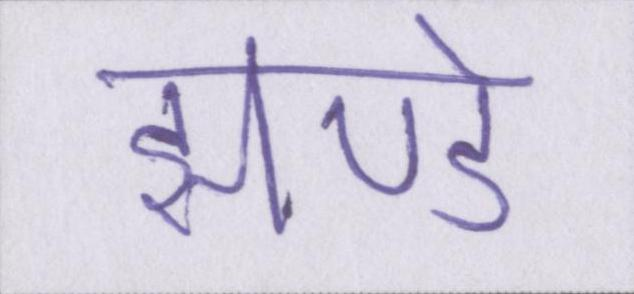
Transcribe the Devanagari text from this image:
झण्डे